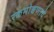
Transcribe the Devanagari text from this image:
रक्तमोक्षणाचे